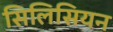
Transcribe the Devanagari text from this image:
सिलिसियन